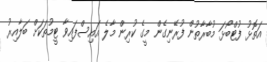
އަތޮޅު ފުޓްބޯޅަ މުބާރާތުން ފުރޭނިގެން މީގެ ކުރިން މާލެ އައިސްފައިވާ ޓީމުތަކަށް ބަލާއިރު